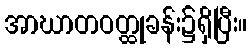
အာဃာတဝတ္ထုခန်း၌ရှိပြီး။